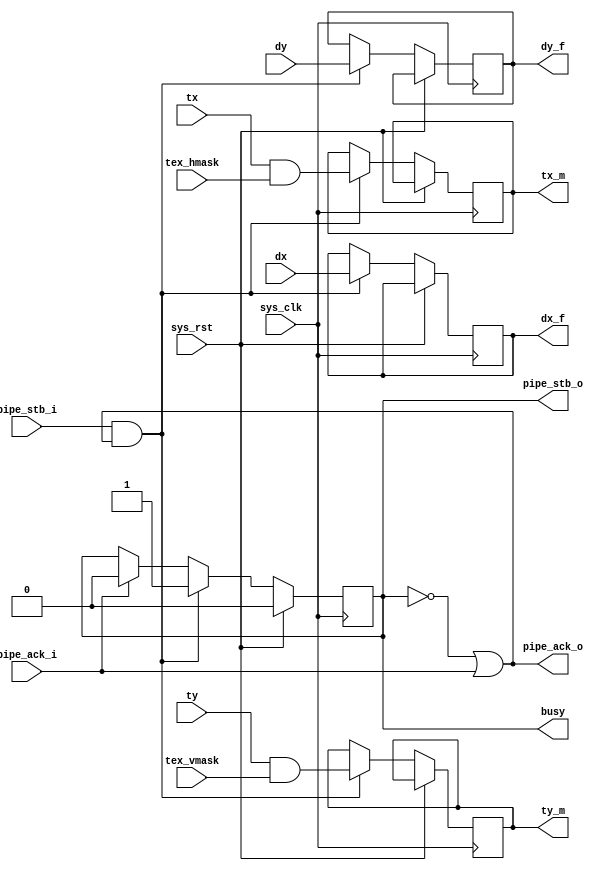
module tmu2_mask(
	input sys_clk,
	input sys_rst,

	output busy,

	input pipe_stb_i,
	output pipe_ack_o,
	input signed [11:0] dx,
	input signed [11:0] dy,
	input signed [17:0] tx,
	input signed [17:0] ty,

	input [17:0] tex_hmask,
	input [17:0] tex_vmask,

	output reg pipe_stb_o,
	input pipe_ack_i,
	output reg signed [11:0] dx_f,
	output reg signed [11:0] dy_f,
	output reg signed [17:0] tx_m,
	output reg signed [17:0] ty_m
);

always @(posedge sys_clk) begin
	if(sys_rst)
		pipe_stb_o <= 1'b0;
	else begin
		if(pipe_ack_i)
			pipe_stb_o <= 1'b0;
		if(pipe_stb_i & pipe_ack_o) begin
			pipe_stb_o <= 1'b1;
			dx_f <= dx;
			dy_f <= dy;
			tx_m <= tx & tex_hmask;
			ty_m <= ty & tex_vmask;
		end
	end
end

assign pipe_ack_o = ~pipe_stb_o | pipe_ack_i;

assign busy = pipe_stb_o;

endmodule